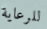
للرعاية